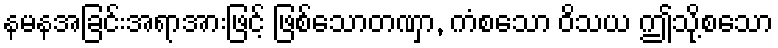
နမနအခြင်းအရာအားဖြင့် ဖြစ်သောတဏှာ, ကံစသော ဝိသယ ဤသို့စသော